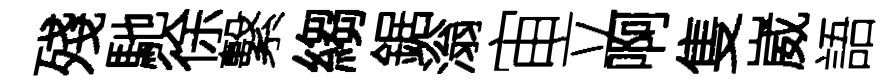
殘馳徐繫縐鋸滃宙立啊隻崴語